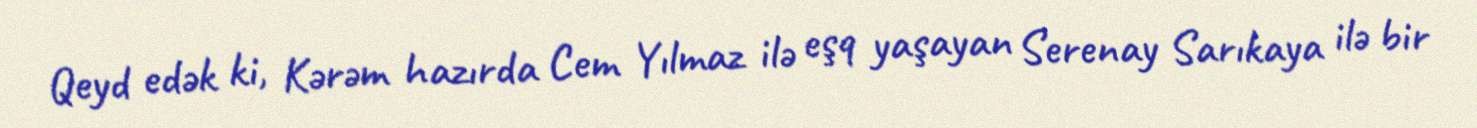
Qeyd edək ki, Kərəm hazırda Cem Yılmaz ilə eşq yaşayan Serenay Sarıkaya ilə bir